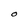
Character: O